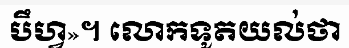
បឹហ្វ»។ លោកទូតយល់ថា